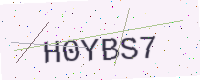
Text: H0YBS7